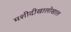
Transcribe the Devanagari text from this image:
मशीदीखालोखाल